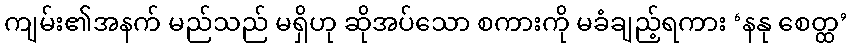
ကျမ်း၏အနက် မည်သည် မရှိဟု ဆိုအပ်သော စကားကို မခံချည့်ရကား ‘နနု စေတ္ထ’